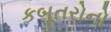
કબૂતરોનો